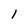
Character: l